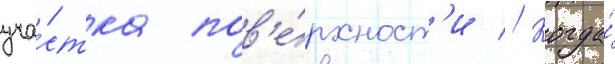
уча́стка пов'е́рхност'и // Когда́